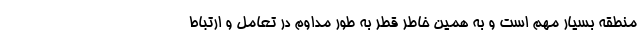
منطقه بسیار مهم است و به همین خاطر قطر به طور مداوم در تعامل و ارتباط